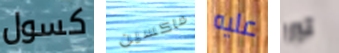
كسول ماكسين عليه تبرر